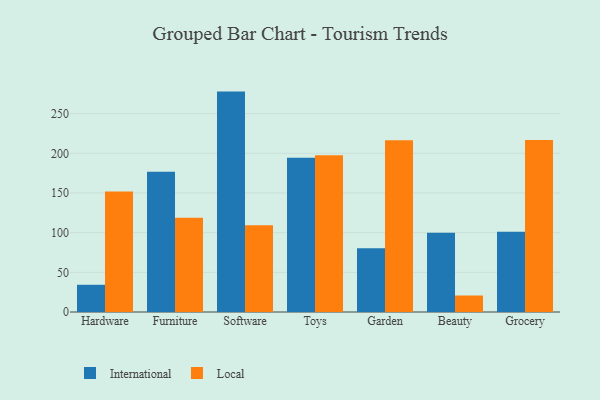
{"axis": {"x": "Category", "y": "Conversion Rate (%)"}, "legend": ["International", "Local"], "data": [{"x": "Hardware", "y": 34.3, "type": "International"}, {"x": "Hardware", "y": 151.8, "type": "Local"}, {"x": "Furniture", "y": 176.7, "type": "International"}, {"x": "Furniture", "y": 118.7, "type": "Local"}, {"x": "Software", "y": 277.8, "type": "International"}, {"x": "Software", "y": 109.2, "type": "Local"}, {"x": "Toys", "y": 194.5, "type": "International"}, {"x": "Toys", "y": 197.5, "type": "Local"}, {"x": "Garden", "y": 80.5, "type": "International"}, {"x": "Garden", "y": 216.4, "type": "Local"}, {"x": "Beauty", "y": 100.0, "type": "International"}, {"x": "Beauty", "y": 20.8, "type": "Local"}, {"x": "Grocery", "y": 101.0, "type": "International"}, {"x": "Grocery", "y": 216.8, "type": "Local"}]}